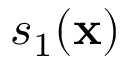
s _ { 1 } ( \mathbf { x } )